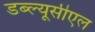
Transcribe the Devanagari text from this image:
डब्ल्यूसीएल